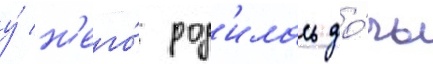
у́ н'его́ род'илась до́чь